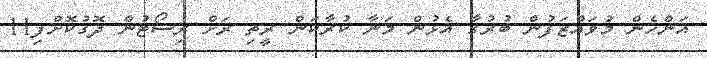
އަންހެން މުވައްޒަފުން ބުރުގާ އެޅުން މަނާ ކުރާކަން ރީތި ރަށް ރިސޯޓުން ދޮގުކޮށްފި11